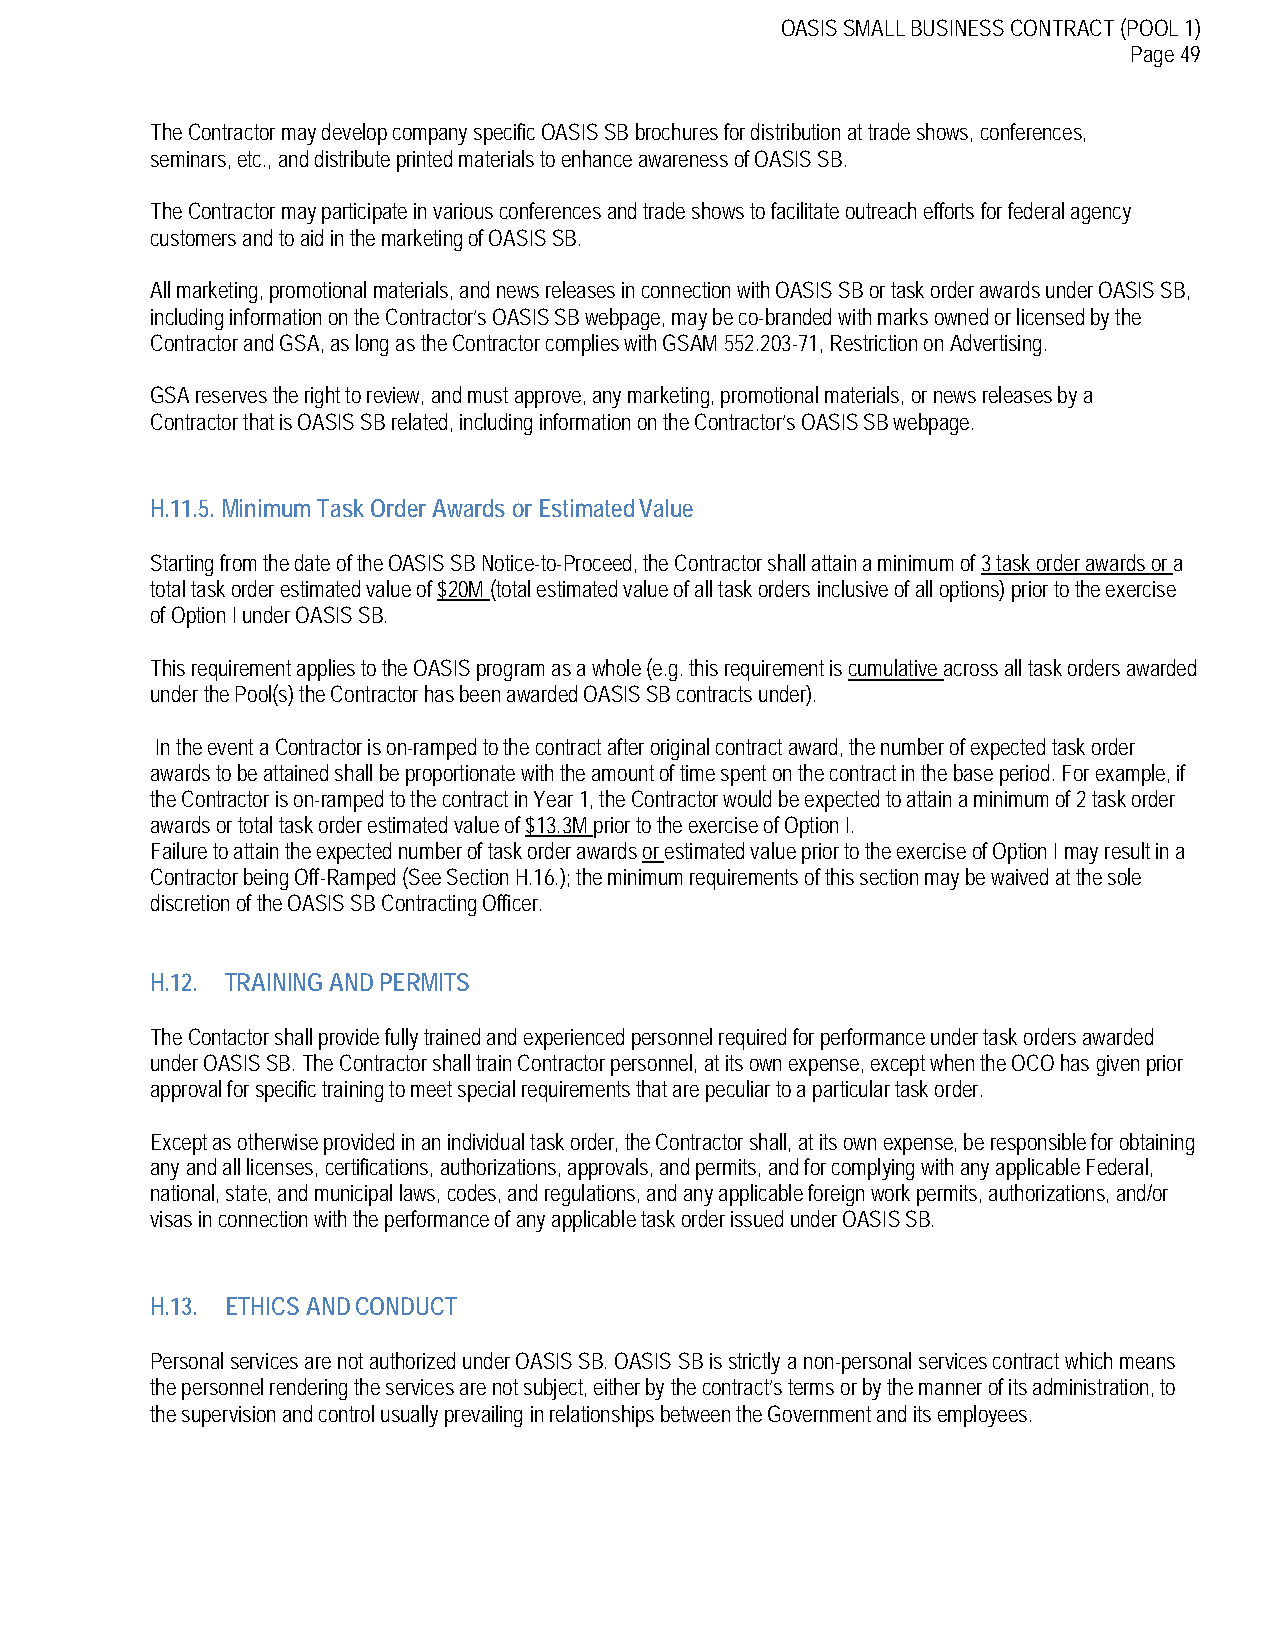
OASIS SMALL BUSINESS CONTRACT (POOL 1)
 Page 49
 The Contractor may develop company specific OASIS SB brochures for distribution at trade shows, conferences,
 seminars, etc., and distribute printed materials to enhance awareness of OASIS SB.
 The Contractor may participate in various conferences and trade shows to facilitate outreach efforts for federal agency
 customers and to aid in the marketing of OASIS SB.
 All marketing, promotional materials, and news releases in connection with OASIS SB or task order awards under OASIS SB,
 including information on the Contractor’s OASIS SB webpage, may be co-branded with marks owned or licensed by the
 Contractor and GSA, as long as the Contractor complies with GSAM 552.203-71, Restriction on Advertising.
 GSA reserves the right to review, and must approve, any marketing, promotional materials, or news releases by a
 Contractor that is OASIS SB related, including information on the Contractor’s OASIS SB webpage.
 H.11.5. Minimum Task Order Awards or Estimated Value
 Starting from the date of the OASIS SB Notice-to-Proceed, the Contractor shall attain a minimum of 3 task order awards or a
 total task order estimated value of $20M (total estimated value of all task orders inclusive of all options) prior to the exercise
 of Option I under OASIS SB.
 This requirement applies to the OASIS program as a whole (e.g. this requirement is cumulative across all task orders awarded
 under the Pool(s) the Contractor has been awarded OASIS SB contracts under).
 In the event a Contractor is on-ramped to the contract after original contract award, the number of expected task order
 awards to be attained shall be proportionate with the amount of time spent on the contract in the base period. For example, if
 the Contractor is on-ramped to the contract in Year 1, the Contractor would be expected to attain a minimum of 2 task order
 awards or total task order estimated value of $13.3M prior to the exercise of Option I.
 Failure to attain the expected number of task order awards or estimated value prior to the exercise of Option I may result in a
 Contractor being Off-Ramped (See Section H.16.); the minimum requirements of this section may be waived at the sole
 discretion of the OASIS SB Contracting Officer.
 H.12. TRAINING AND PERMITS
 The Contactor shall provide fully trained and experienced personnel required for performance under task orders awarded
 under OASIS SB. The Contractor shall train Contractor personnel, at its own expense, except when the OCO has given prior
 approval for specific training to meet special requirements that are peculiar to a particular task order.
 Except as otherwise provided in an individual task order, the Contractor shall, at its own expense, be responsible for obtaining
 any and all licenses, certifications, authorizations, approvals, and permits, and for complying with any applicable Federal,
 national, state, and municipal laws, codes, and regulations, and any applicable foreign work permits, authorizations, and/or
 visas in connection with the performance of any applicable task order issued under OASIS SB.
 H.13. ETHICS AND CONDUCT
 Personal services are not authorized under OASIS SB. OASIS SB is strictly a non-personal services contract which means
 the personnel rendering the services are not subject, either by the contract’s terms or by the manner of its administration, to
 the supervision and control usually prevailing in relationships between the Government and its employees.